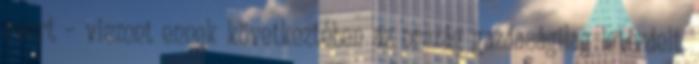
nyert – viszont ennek következtében az ország gazdaságilag letérdelt,